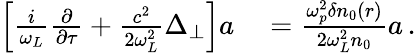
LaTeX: \begin{array}{rl}{\left[\frac{i}{\omega_{L}}\frac{\partial}{\partial\tau}+\frac{c^{2}}{2\omega_{L}^{2}}\Delta_{\perp}\right]a}&{{}=\frac{\omega_{p}^{2}\delta n_{0}(r)}{2\omega_{L}^{2}n_{0}}a\, .}\end{array}